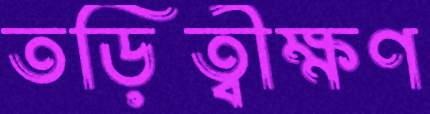
তড়িত্বীক্ষণ